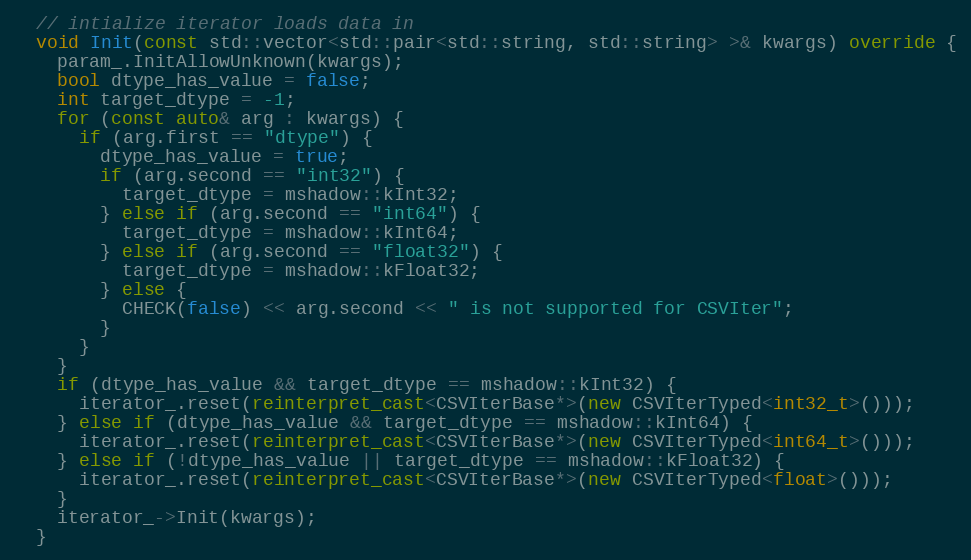
Language: C++
  // intialize iterator loads data in
  void Init(const std::vector<std::pair<std::string, std::string> >& kwargs) override {
    param_.InitAllowUnknown(kwargs);
    bool dtype_has_value = false;
    int target_dtype = -1;
    for (const auto& arg : kwargs) {
      if (arg.first == "dtype") {
        dtype_has_value = true;
        if (arg.second == "int32") {
          target_dtype = mshadow::kInt32;
        } else if (arg.second == "int64") {
          target_dtype = mshadow::kInt64;
        } else if (arg.second == "float32") {
          target_dtype = mshadow::kFloat32;
        } else {
          CHECK(false) << arg.second << " is not supported for CSVIter";
        }
      }
    }
    if (dtype_has_value && target_dtype == mshadow::kInt32) {
      iterator_.reset(reinterpret_cast<CSVIterBase*>(new CSVIterTyped<int32_t>()));
    } else if (dtype_has_value && target_dtype == mshadow::kInt64) {
      iterator_.reset(reinterpret_cast<CSVIterBase*>(new CSVIterTyped<int64_t>()));
    } else if (!dtype_has_value || target_dtype == mshadow::kFloat32) {
      iterator_.reset(reinterpret_cast<CSVIterBase*>(new CSVIterTyped<float>()));
    }
    iterator_->Init(kwargs);
  }